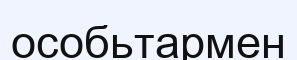
особьтармен